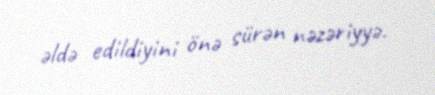
əldə edildiyini önə sürən nəzəriyyə.